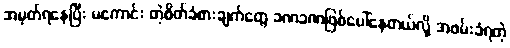
အမှတ်ရနေပြီး မကောင်း တဲ့စိတ်ခံစားချက်တွေ ခဏခဏဖြစ်ပေါ်နေတယ်လို့ အဖမ်းခံရတဲ့